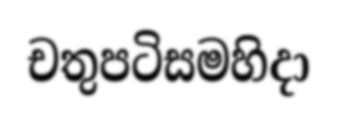
චතුපටිසමහිදා